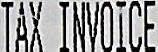
TAX INVOICE